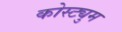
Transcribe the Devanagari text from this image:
कोस्ट्युम